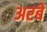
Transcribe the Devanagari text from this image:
अरबें